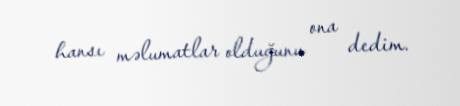
hansı məlumatlar olduğunu ona dedim.